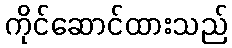
ကိုင်ဆောင်ထားသည်